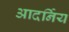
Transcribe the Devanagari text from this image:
आदर्निय